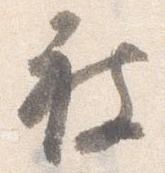
被